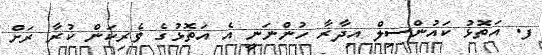
ފ. އަތޮޅު ކައުންސިލް އިދާރާ ހުންނަނީ އެ އަތޮޅުގެ ވެރިކަން ކުރާ ރަށް